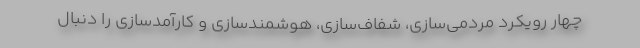
چهار رویکرد مردمی‌سازی، شفاف‌سازی، هوشمندسازی و کارآمدسازی را دنبال